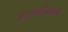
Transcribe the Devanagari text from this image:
अबखाझियाला